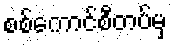
စစ်ကောင်စီတပ်မှ